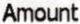
AMOUNT